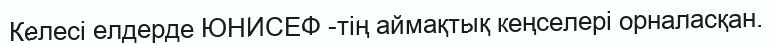
Келесі елдерде ЮНИСЕФ -тің аймақтық кеңселері орналасқан.